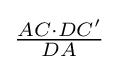
{\textstyle {\frac {AC\cdot DC'}{DA}}}